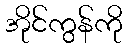
အိုင်ကွန်ကို